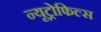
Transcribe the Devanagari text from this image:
न्यूट्रोफिल्स